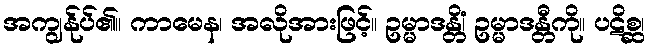
အကျွန်ုပ်၏။ ကာမေန၊ အလိုအားဖြင့်။ ဥမ္မာဒန္တိံ၊ ဥမ္မာဒန္တီကို။ ပဋိစ္ဆ၊